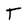
Character: T